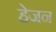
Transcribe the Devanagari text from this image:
हेजन